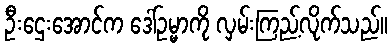
ဦးဌေးအောင်က ဒေါ်ဥမ္မာကို လှမ်းကြည့်လိုက်သည်။